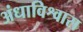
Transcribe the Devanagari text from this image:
अंधाविश्वास